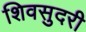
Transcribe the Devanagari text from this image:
शिवसुदरी